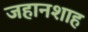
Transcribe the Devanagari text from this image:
जहानशाह